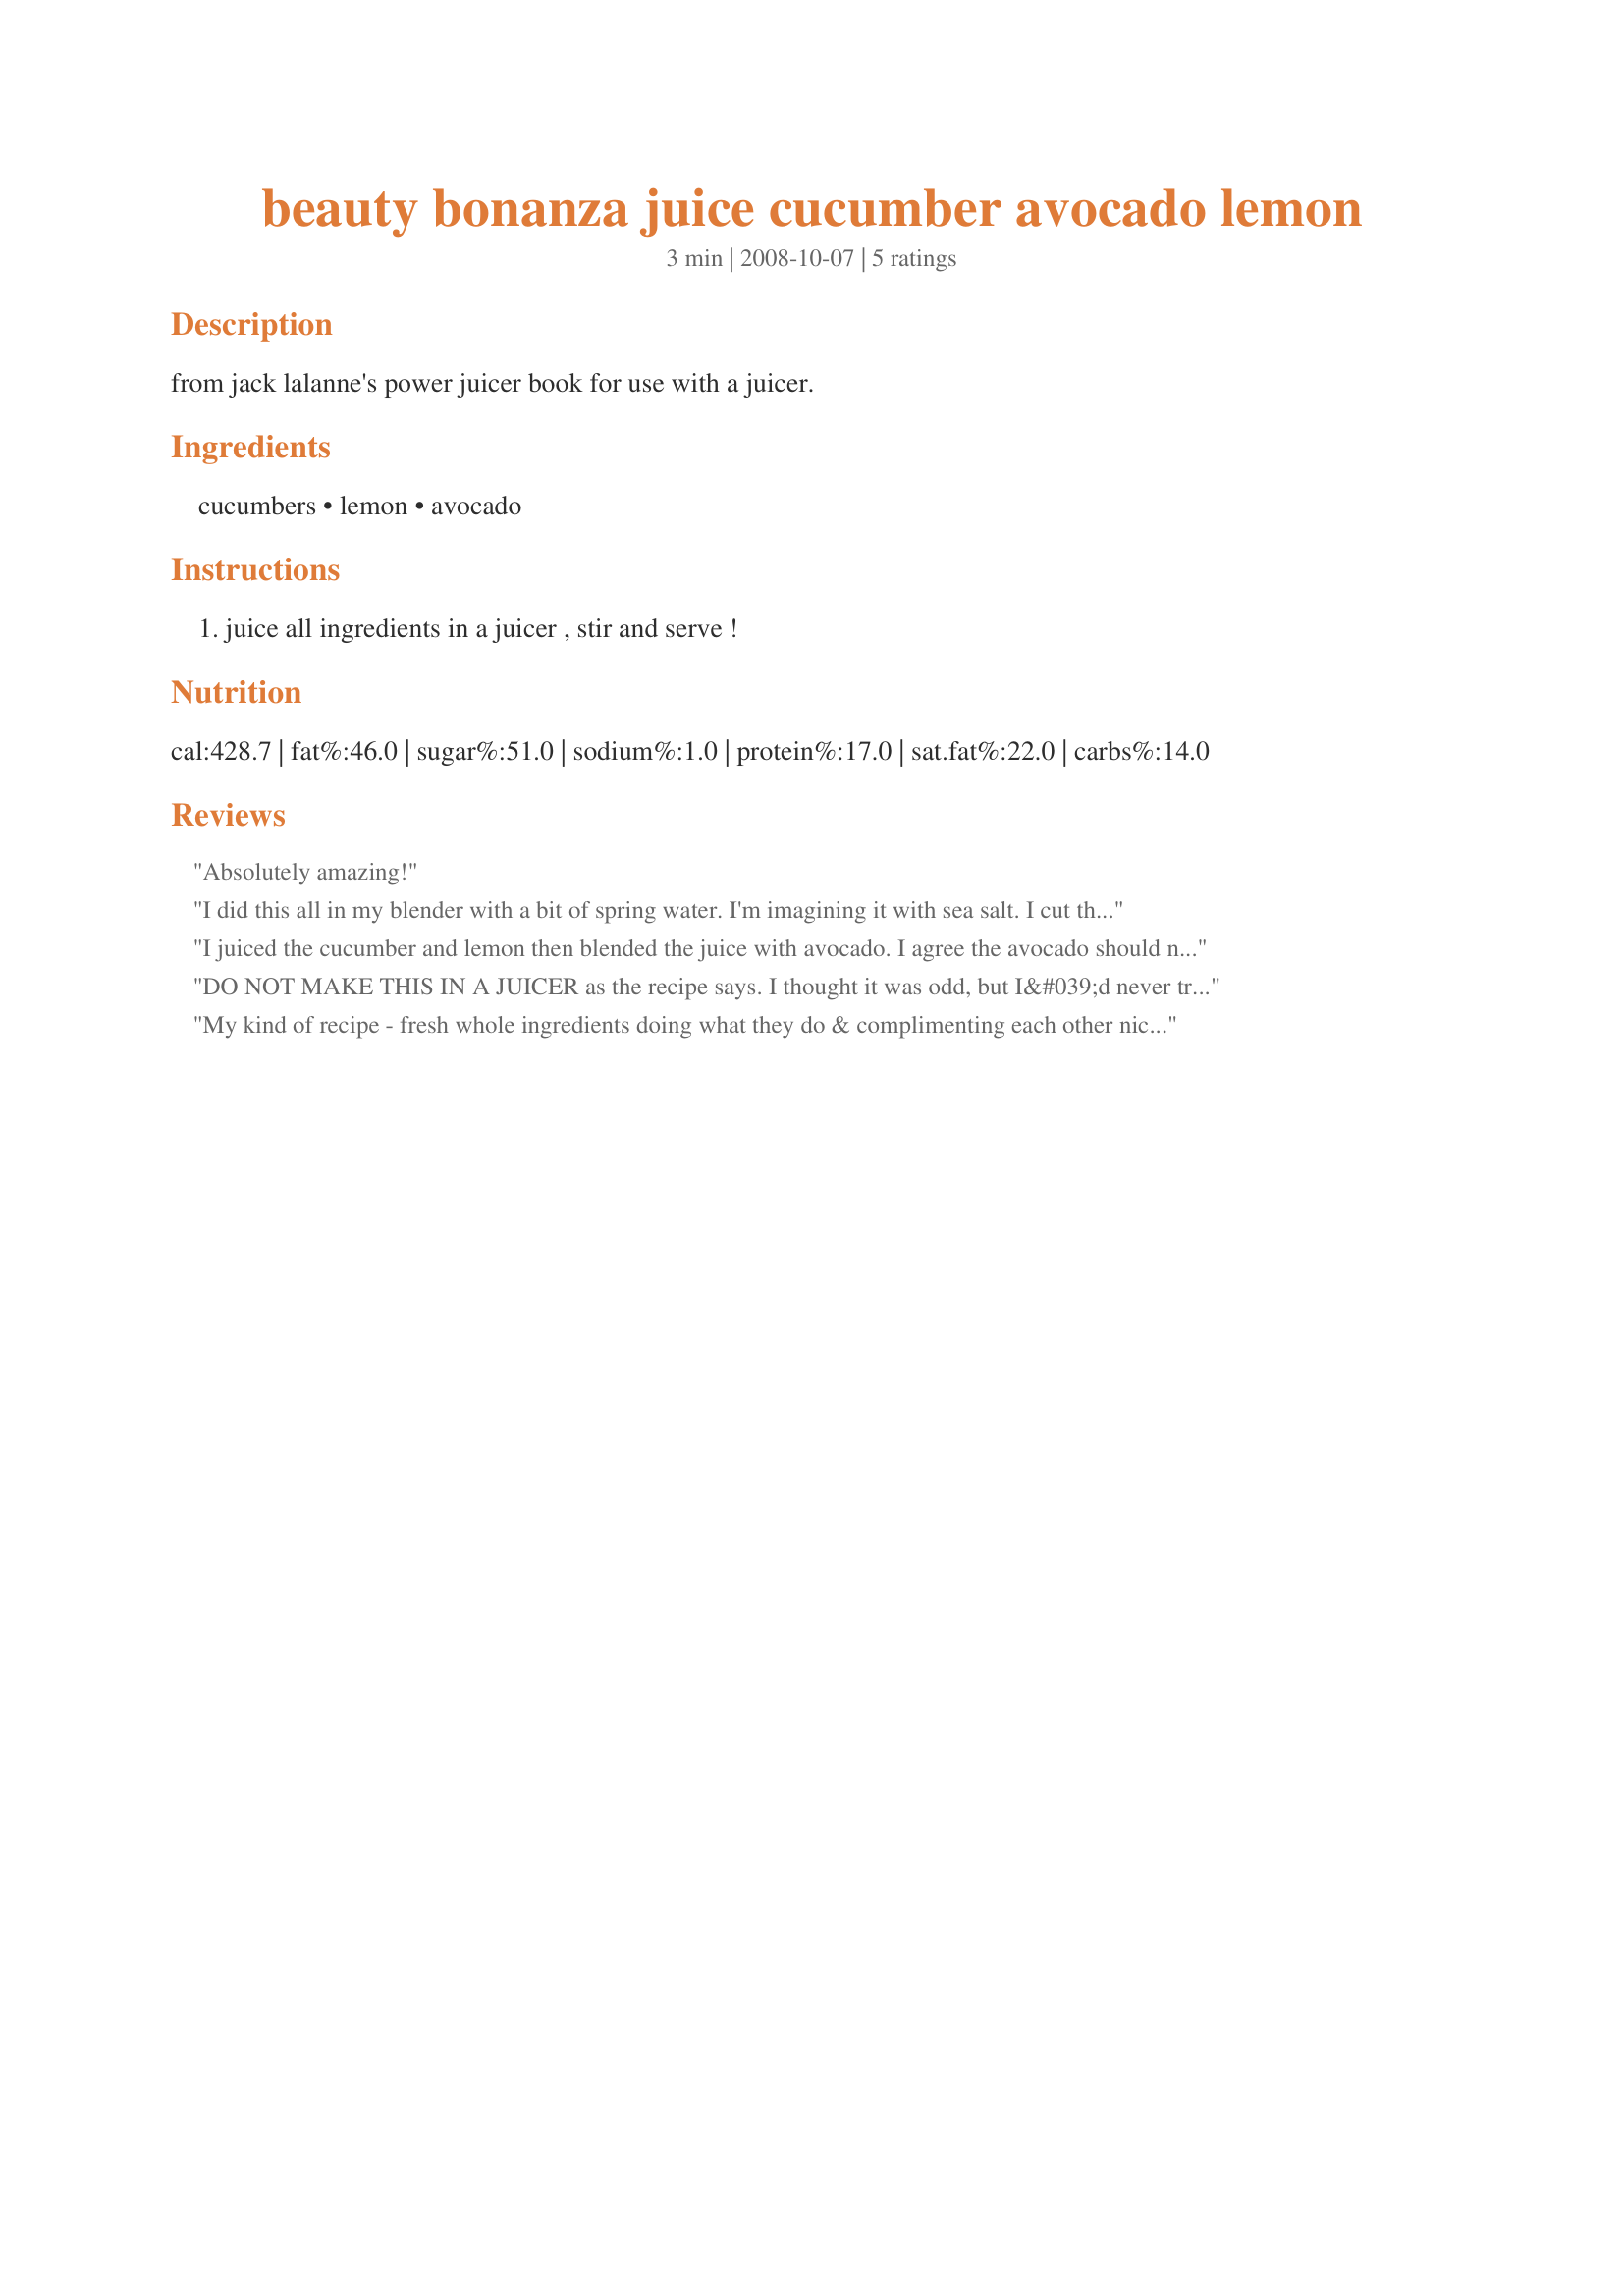
beauty bonanza juice cucumber avocado lemon
Preparation time: 3 minutes

from jack lalanne's power juicer book for use with a juicer.

Ingredients:
cucumbers, lemon, avocado

Steps:
juice all ingredients in a juicer , stir and serve !

Reviews:
Absolutely amazing!
I did this all in my blender with a bit of spring water. I'm imagining it with sea salt. I cut the lemon slices so that there was no pith or seeds whatsoever! I like the title of the recipe as well.
I juiced the cucumber and lemon then blended the juice with avocado. I agree the avocado should not be juiced. Nice drink.
DO NOT MAKE THIS IN A JUICER as the recipe says. I thought it was odd, but I&#039;d never tried juicing an avocado, most recipes have you add the juice to a blender then add the avocado. But I thought, hey... it says throw it in the juicer! And since I&#039;m juice cleansing right now and apparently have lost my common sense, I followed directions. (Good old Jack can&#039;t be wrong right?) Well, whoever interpreted this recipe was. What followed was a cucumber/citrus water infusion and 20 minutes of cleaning avocado flesh out of the juicer bits. So sad. The avocado was just the perfect ripeness. I should have eaten it with my cucumber juice....
My kind of recipe - fresh whole ingredients doing what they do & complimenting each other nicely!! This was very light and delicious!! I loved sipping this out on the patio in the sun but I loved it even more poured over cucumber slices with chives generously sprinkled over top! I don't like to waste & I'm lazy so I didn't peel the cucumber and I after I juiced the cucumber & lemon I poured that into the blender with the avocado instead of juicing the avocado which I was very nervous about. Very nice drink/dressing/saucey goodness!! Thanks!! Made for Veg*n Swap 24!
